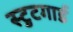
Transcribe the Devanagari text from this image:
स्टुटगार्ड